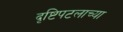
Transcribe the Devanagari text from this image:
दृष्टिपटलाच्या